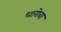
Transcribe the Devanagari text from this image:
धारोबा